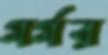
গর্গর